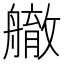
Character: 䒆